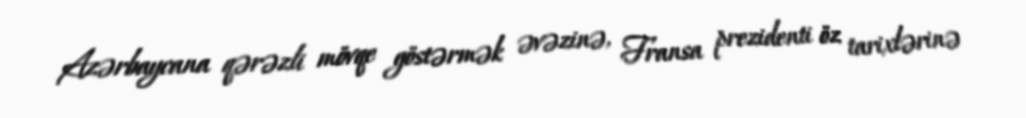
Azərbaycana qərəzli mövqe göstərmək əvəzinə, Fransa prezidenti öz tarixlərinə